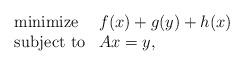
LaTeX: \begin{align*} \begin{array}{ll} \mbox{minimize} & f(x) + g(y) + h(x) \\ \mbox{subject to} & Ax=y, \end{array}\end{align*}